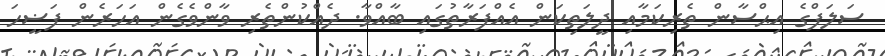
ސަލަފްގެ އިޙްސާން ތެރިކަމާއި ދީލަތިކަން އެއްފަރާތުގައި ބާއްވާ. ދެއްކުންތެރި ވާންވެގެން އަހަރެން ފަޟީހަ